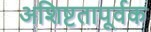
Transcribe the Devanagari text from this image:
अशिष्टतापूर्वक